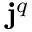
{ \bf { j } } ^ { q }